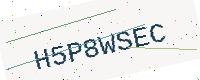
Text: H5P8WSEC